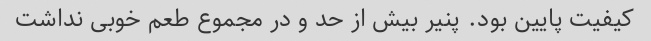
کیفیت پایین بود. پنیر بیش از حد و در مجموع طعم خوبی نداشت